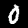
Label: 0